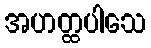
အဟတ္ထပါသေ